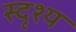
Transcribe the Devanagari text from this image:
स्दृश्य